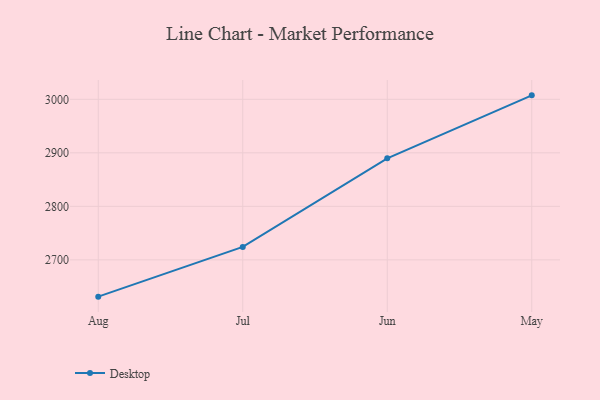
{"axis": {"x": "Month", "y": "Net Income (USD K)"}, "legend": ["Desktop"], "data": [{"x": "Aug", "y": 2631.2, "type": "Desktop"}, {"x": "Jul", "y": 2724.1, "type": "Desktop"}, {"x": "Jun", "y": 2889.7, "type": "Desktop"}, {"x": "May", "y": 3007.4, "type": "Desktop"}]}